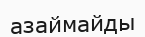
азаймайды